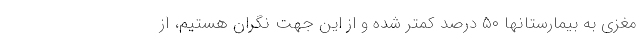
مغزی به بیمارستانها ۵۰ درصد کمتر شده و از این جهت نگران هستیم، از